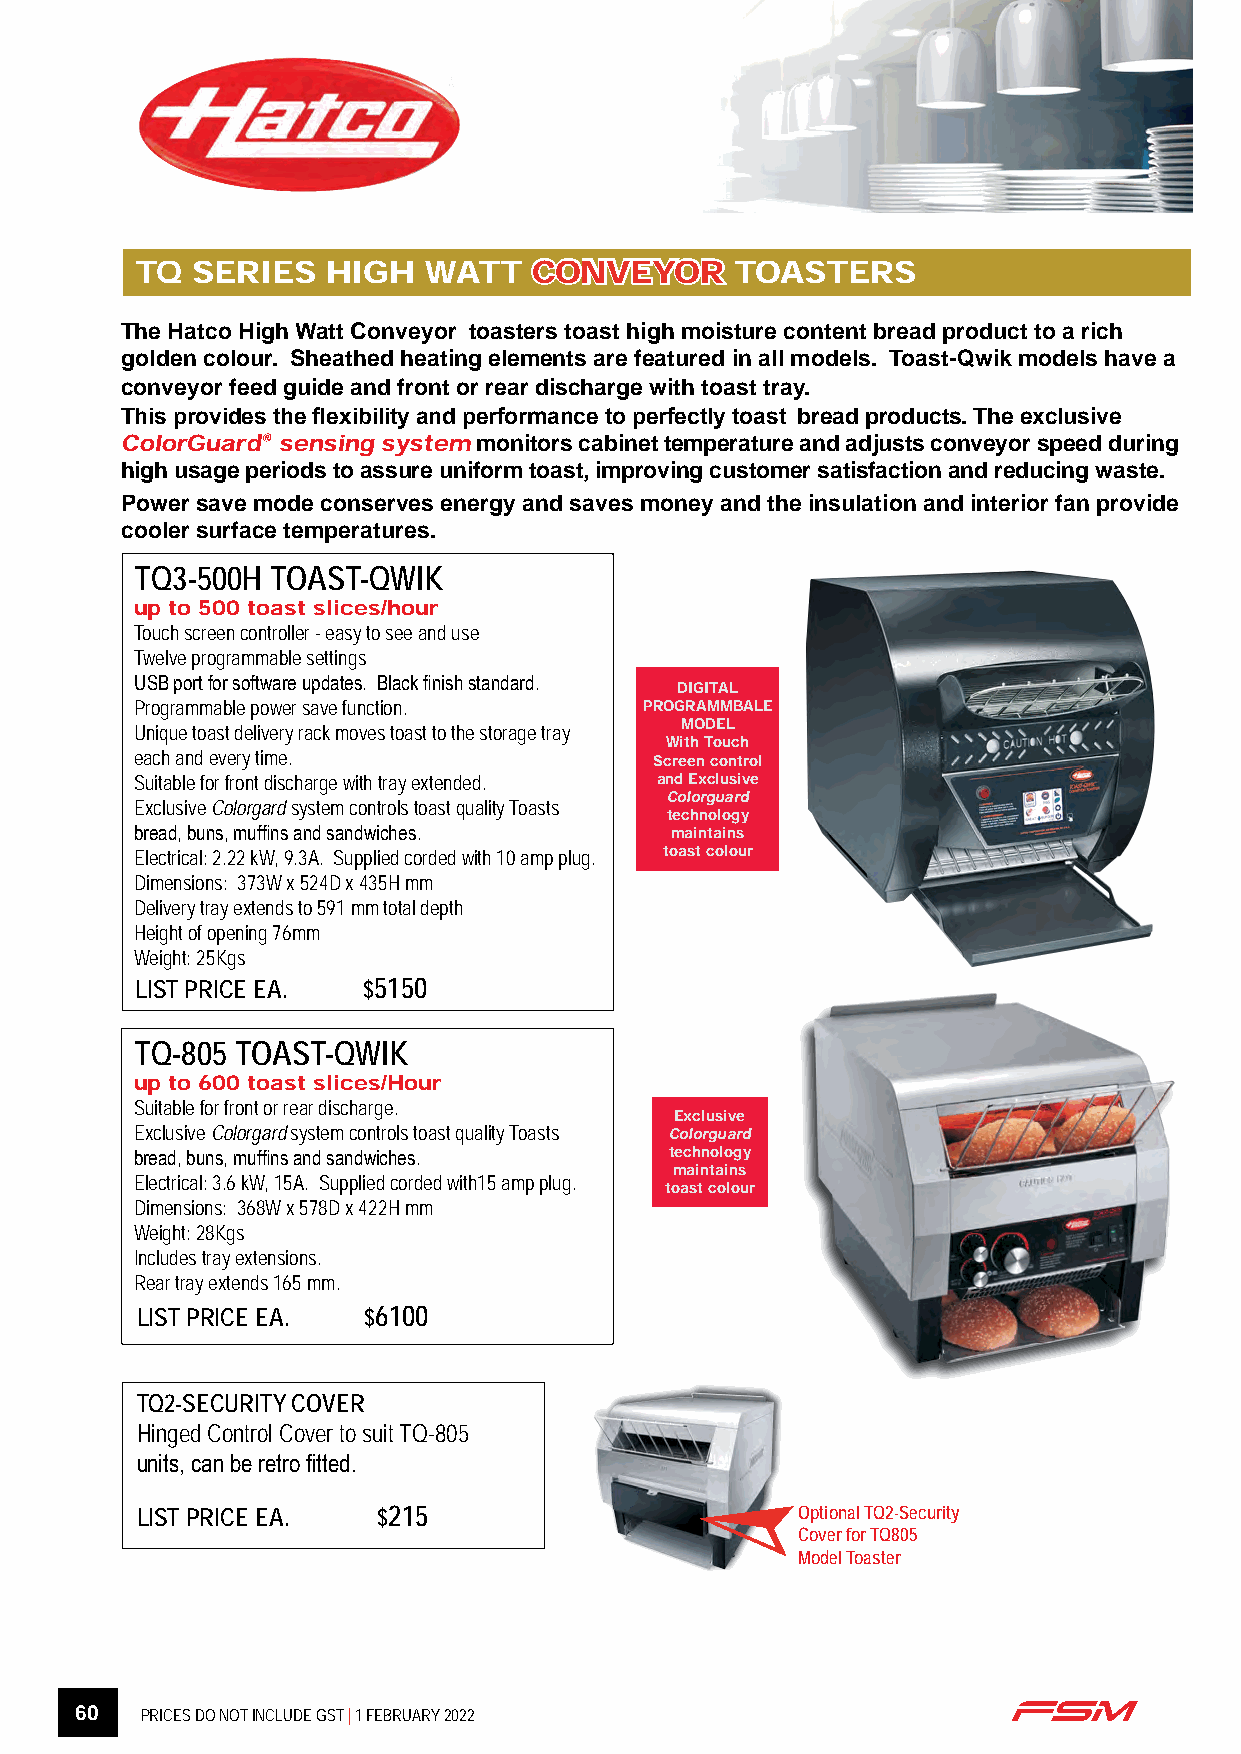
TQ  SERIES   HIGH  WATT   CCOONNVVEEYYOORR TOASTERS
 The Hatco High Watt Conveyor toasters toast high moisture content bread product to a rich
 golden colour. Sheathed heating elements are featured in all models. Toast-Qwik models have a
 conveyor feed guide and front or rear discharge with toast tray.
 This provides the flexibility and performance to perfectly toast bread products. The exclusive
 ColorGuard® sensing system monitors cabinet temperature and adjusts conveyor speed during
 high usage periods to assure uniform toast, improving customer satisfaction and reducing waste.
 Power save mode conserves energy and saves money and the insulation and interior fan provide
 cooler surface temperatures.
 TQ3-500H TOAST-QWIK
 up to 500 toast slices/hour
 Touch screen controller - easy to see and use
 Twelve programmable settings
 USB port for software updates. Black finish standard.
 DIGITAL
 Programmable power save function. PROGRAMMBALE
 MODEL
 Unique toast delivery rack moves toast to the storage tray
 With Touch
 each and every time.              Screen control
 Suitable for front discharge with tray extended. and Exclusive
 Colorguard
 Exclusive Colorgard system controls toast quality Toasts
 technology
 bread, buns, muffins and sandwiches. maintains
 Electrical: 2.22 kW, 9.3A. Supplied corded with 10 amp plug. toast colour
 Dimensions: 373W x 524D x 435H mm
 Delivery tray extends to 591 mm total depth
 Height of opening 76mm
 Weight: 25Kgs
 LIST PRICE EA. $5150
 TQ-805 TOAST-QWIK
 up to 600 toast slices/Hour
 Suitable for front or rear discharge.
 Exclusive
 Exclusive Colorgard system controls toast quality Toasts Colorguard
 bread, buns, muffins and sandwiches. technology
 maintains
 Electrical: 3.6 kW, 15A. Supplied corded with15 amp plug.
 toast colour
 Dimensions: 368W x 578D x 422H mm
 Weight: 28Kgs
 Includes tray extensions.
 Rear tray extends 165 mm.
 LIST PRICE EA. $6100
 TQ2-SECURITY COVER
 Hinged Control Cover to suit TQ-805
 units, can be retro fitted.
 ➢
 LIST PRICE EA.  $215                        Optional TQ2-Security
 Cover for TQ805
 Model Toaster
 60  PRICES DO NOT INCLUDE GST | 1 FEBRUARY 2022